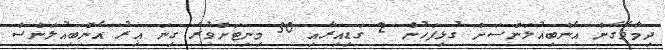
ދިމާވެގެން އެންބިއުލަންސަށް ގުޅިފަހުން 2 ގަޑިއިރާއި 30 މިނިޓަށްވުރެ ގިނަ އިރު އެންބިއުލަންސް